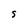
Character: S